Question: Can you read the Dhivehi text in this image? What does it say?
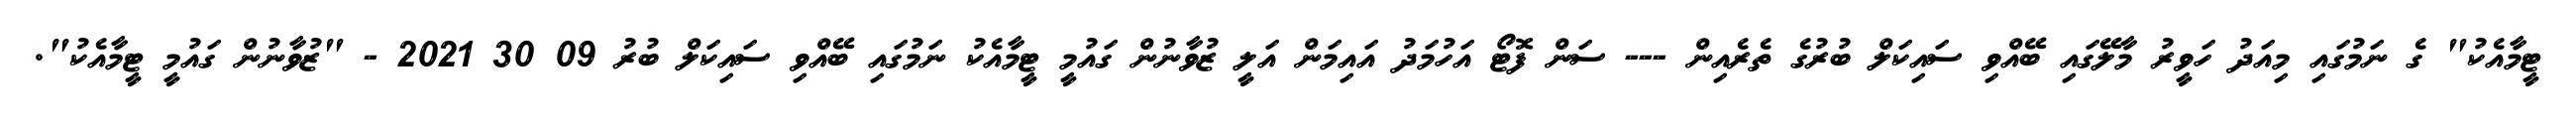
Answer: ޓީމާއެކު" ގެ ނަމުގައި މިއަދު ހަވީރު މާލޭގައި ބޭއްވި ސައިކަލް ބުރުގެ ތެރެއިން --- ސަން ފޮޓޯ އަހުމަދު އައިމަން އަލީ ޒުވާނުން ގައުމީ ޓީމާއެކު ނަމުގައި ބޭއްވި ސައިކަލް ބުރު 09 30 2021 - "ޒުވާނުން ގައުމީ ޓީމާއެކު".